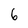
Character: 6